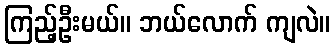
ကြည့်ဦးမယ်။ ဘယ်လောက် ကျလဲ။